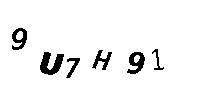
9U7H91